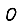
Digit: 0